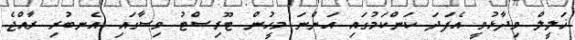
ޚަލީލް ވިދާޅުވީ އެފަދަ ކަންކަމުގައި އަންނަ މީހުން ޓޫރިސްޓު ވިސާގައި އެނބުރި ރާއްޖެ